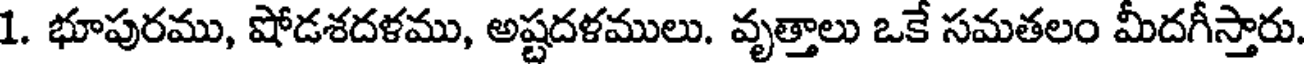
1. భూపురము, షోడశదళము, అష్టదళములు. వృత్తాలు ఒకే సమతలం మీదగీస్తారు